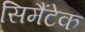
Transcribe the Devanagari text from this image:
सिमैंटेक